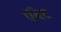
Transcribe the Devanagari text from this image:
ऍबेट